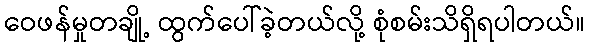
ဝေဖန်မှုတချို့ ထွက်ပေါ်ခဲ့တယ်လို့ စုံစမ်းသိရှိရပါတယ်။